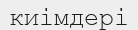
киімдері